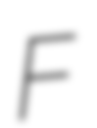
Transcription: F